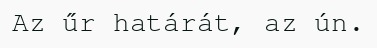
Az űr határát, az ún.